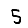
Digit: 5